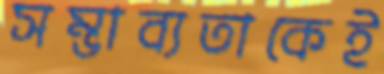
সম্ভাব্যতাকেই